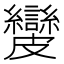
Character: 𥀺